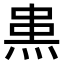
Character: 𤊌